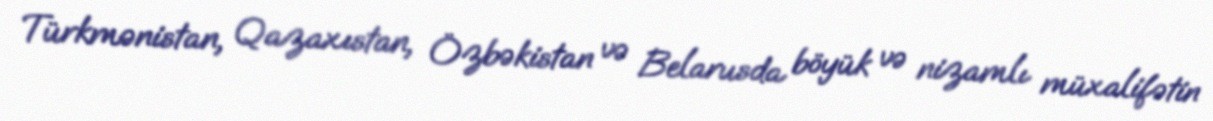
Türkmənistan, Qazaxıstan, Özbəkistan və Belarusda böyük və nizamlı müxalifətin